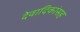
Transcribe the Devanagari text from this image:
देवादिकांसह